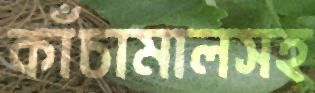
কাঁচামালসহ